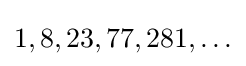
1,8,23,77,281,\ldots